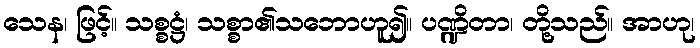
သေန၊ ဖြင့်။ သစ္စဋ္ဌံ၊ သစ္စာ၏သဘောဟူ၍။ ပဏ္ဍိတာ၊ တို့သည်။ အာဟု၊